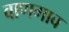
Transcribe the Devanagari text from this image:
वाणगाव